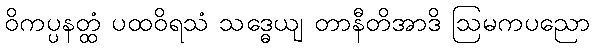
ဝိကပ္ပနတ္ထံ ပထဝိရသံ သဒ္ဓေယျ တာနီတိအာဒိ ဩမကပညော